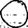
Digit: 0